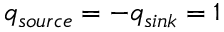
q _ { s o u r c e } = - q _ { s i n k } = 1